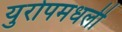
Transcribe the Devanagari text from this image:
युरोपमधली